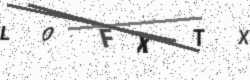
Text: LOFXTX